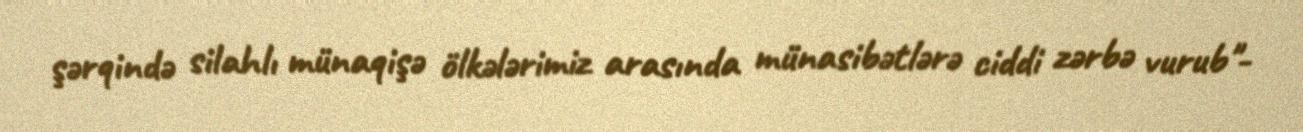
şərqində silahlı münaqişə ölkələrimiz arasında münasibətlərə ciddi zərbə vurub"-